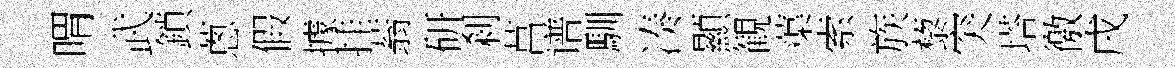
喟武鎖蔥假據挂蓊研剎莒谱馴凑顯観蕖索族藜突塔徼戌